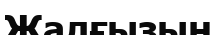
Жалғызын